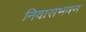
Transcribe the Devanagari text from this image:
निवासभवन